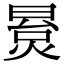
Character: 㬃